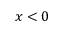
x < 0